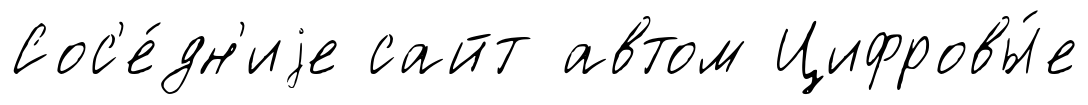
Сос'е́дн'иjе сайт автом Цифровы́е